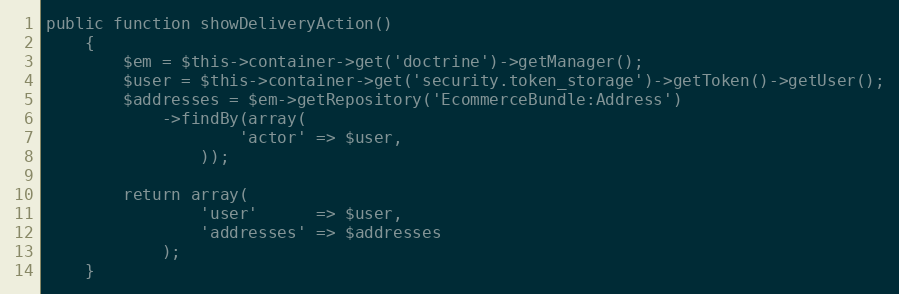
Language: PHP
public function showDeliveryAction()
    {
        $em = $this->container->get('doctrine')->getManager();
        $user = $this->container->get('security.token_storage')->getToken()->getUser();
        $addresses = $em->getRepository('EcommerceBundle:Address')
            ->findBy(array(
                    'actor' => $user,
                ));

        return array(
                'user'      => $user,
                'addresses' => $addresses
            );
    }